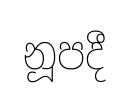
නූපදී